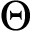
\Theta